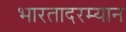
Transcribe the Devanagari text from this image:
भारतादरम्यान